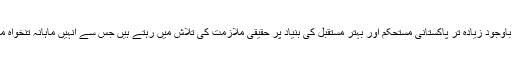
اس کے باوجود زیادہ تر پاکستانی مستحکم اور بہتر مستقبل کی بنیاد پر حقیقی ملازمت کی تلاش میں رہتے ہیں جس سے انہیں ماہانہ تنخواہ مل سکے۔